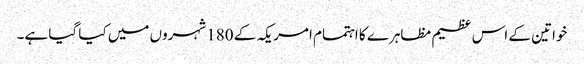
خواتین کے اس عظیم مظاہرے کا اہتمام امریکہ کے 180 شہروں میں کیا گیا ہے۔